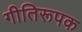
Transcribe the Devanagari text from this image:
गीतिरूपक